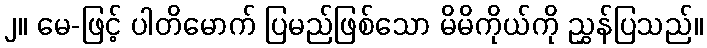
၂။ မေ-ဖြင့် ပါတိမောက် ပြမည်ဖြစ်သော မိမိကိုယ်ကို ညွှန်ပြသည်။